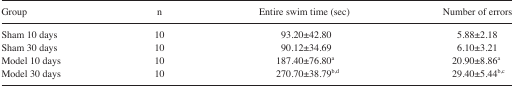
<table><thead><tr><td><b>Group</b></td><td><b>n</b></td><td><b>Entire swim time (sec)</b></td><td><b>Number of errors</b></td></tr></thead><tbody><tr><td>Sham 10 days</td><td>10</td><td>93.20±42.80</td><td>5.88±2.18</td></tr><tr><td>Sham 30 days</td><td>10</td><td>90.12±34.69</td><td>6.10±3.21</td></tr><tr><td>Model 10 days</td><td>10</td><td>187.40±76.80a</td><td>20.90±8.86a</td></tr><tr><td>Model 30 days</td><td>10</td><td>270.70±38.79b,d</td><td>29.40±5.44b,c</td></tr></tbody></table>